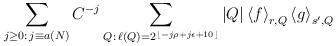
LaTeX: \begin{align*}\sum_{j\ge 0:\, j\equiv a(N)}C^{-j}\sum_{Q:\,\ell(Q)= 2^{\lfloor{-j\rho+j\epsilon+10}\rfloor}}|Q|\left<f\right>_{r, Q}\left<g\right>_{s', Q}\end{align*}